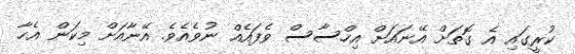
ކުރީގައި އެ ގޮތަށް އޭނައަށް އިހްސާސް ވެފައެއް ނުވެއެވެ. އޭނާއަށް މިކަން އެހާ